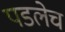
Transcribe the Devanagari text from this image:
पडलेच